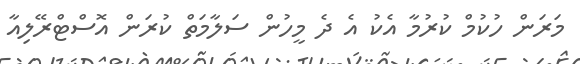
މަރަން ހުކުމް ކުރުމާ އެކު އެ ދެ މީހުން ސަލާމަތް ކުރަން އޮސްޓްރޭލިއާ